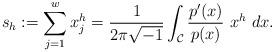
LaTeX: \begin{align*}s_h:=\sum_{j=1}^wx_j^{h}=\frac{1}{2\pi \sqrt{-1}}\int_{\mathcal C}\frac{p'(x)}{p(x)}~x^h ~dx.\end{align*}